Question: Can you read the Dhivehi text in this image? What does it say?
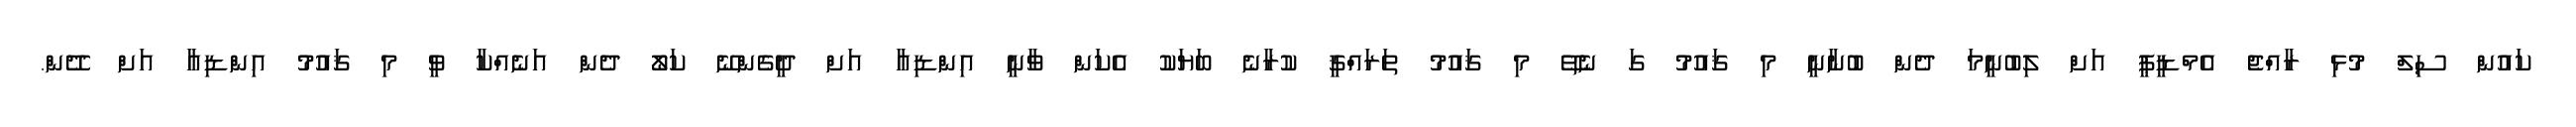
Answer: ކައުން ސިލް މުޅި ރާއްޖެ އެމްޑީޕީ އަށް ލިބުނީމަ ދެން ބުނާނީ މި ޤައުމު ގަ ނެތޭ މި ޤައުމު ތަރައްޤީ ކުރާނެ ބަޔަކު އެކަން ވާނީ އިންޑިއާ އަށް ދީގެންނޭ ކަލޯ ދެން އަނެއްކާ ވީ މި ޤައުމު އިންޑިއާ އަށް ދޭން.